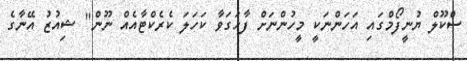
ސްކޫލް ޔުނީފޯމްގައި އަހަންނަކީ މީހުންނަށް ފާހަގަވާ ކަހަލަ ކެރެކްޓާއެއް ނޫން" ޝިއުޒު އޭނާގެ